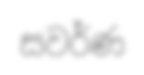
සවර්ණ